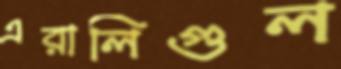
এরালিগুল